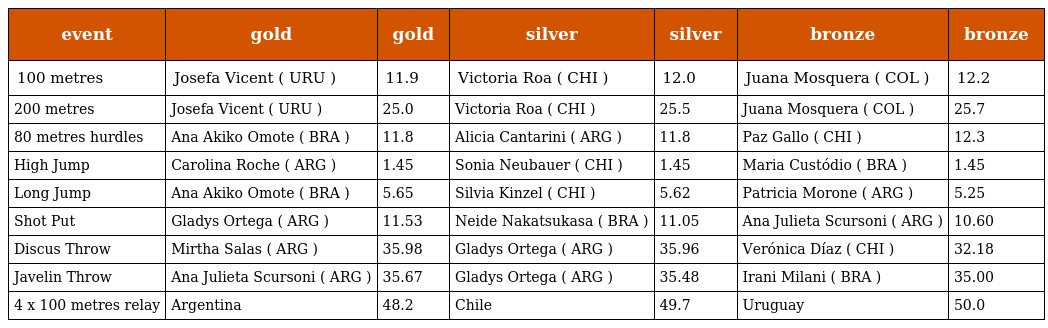
| event | gold | gold | silver | silver | bronze | bronze |
 | --- | --- | --- | --- | --- | --- | --- |
 | 100 metres | Josefa Vicent ( URU ) | 11.9 | Victoria Roa ( CHI ) | 12.0 | Juana Mosquera ( COL ) | 12.2 |
 | 200 metres | Josefa Vicent ( URU ) | 25.0 | Victoria Roa ( CHI ) | 25.5 | Juana Mosquera ( COL ) | 25.7 |
 | 80 metres hurdles | Ana Akiko Omote ( BRA ) | 11.8 | Alicia Cantarini ( ARG ) | 11.8 | Paz Gallo ( CHI ) | 12.3 |
 | High Jump | Carolina Roche ( ARG ) | 1.45 | Sonia Neubauer ( CHI ) | 1.45 | Maria Custódio ( BRA ) | 1.45 |
 | Long Jump | Ana Akiko Omote ( BRA ) | 5.65 | Silvia Kinzel ( CHI ) | 5.62 | Patricia Morone ( ARG ) | 5.25 |
 | Shot Put | Gladys Ortega ( ARG ) | 11.53 | Neide Nakatsukasa ( BRA ) | 11.05 | Ana Julieta Scursoni ( ARG ) | 10.60 |
 | Discus Throw | Mirtha Salas ( ARG ) | 35.98 | Gladys Ortega ( ARG ) | 35.96 | Verónica Díaz ( CHI ) | 32.18 |
 | Javelin Throw | Ana Julieta Scursoni ( ARG ) | 35.67 | Gladys Ortega ( ARG ) | 35.48 | Irani Milani ( BRA ) | 35.00 |
 | 4 x 100 metres relay | Argentina | 48.2 | Chile | 49.7 | Uruguay | 50.0 |